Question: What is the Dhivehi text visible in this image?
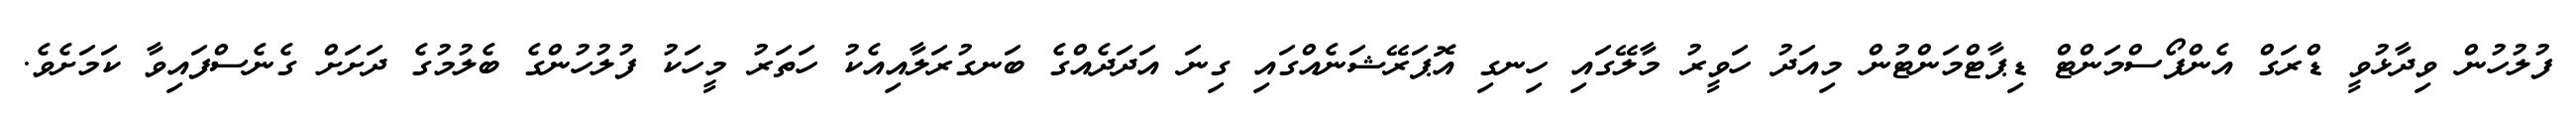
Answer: ފުލުހުން ވިދާޅުވީ ޑްރަގް އެންފޯސްމަންޓް ޑިޕާޓްމަންޓުން މިއަދު ހަވީރު މާލޭގައި ހިނގި އޮޕަރޭޝަނެއްގައި ގިނަ އަދަދެއްގެ ބަނގުރަލާއިއެކު ހަތަރު މީހަކު ފުލުހުންގެ ބެލުމުގެ ދަށަށް ގެނެސްފައިވާ ކަމަށެވެ.